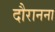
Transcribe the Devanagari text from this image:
दौरानना